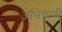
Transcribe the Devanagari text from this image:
अभिधात्री